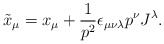
\begin{align*}\tilde{x}_{\mu}=x_{\mu}+\frac{1}{p^{2}}\epsilon_{\mu\nu\lambda}p^{\nu}J^{\lambda}.\end{align*}